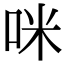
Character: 咪